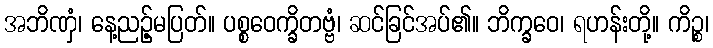
အဘိဏှံ၊ နေ့ညဉ့်မပြတ်။ ပစ္စဝေက္ခိတဗ္ဗံ၊ ဆင်ခြင်အပ်၏။ ဘိက္ခဝေ၊ ရဟန်းတို့။ ကိဉ္စ၊